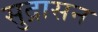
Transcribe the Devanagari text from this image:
सुद्रासन